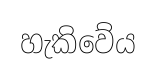
හැකිවේය